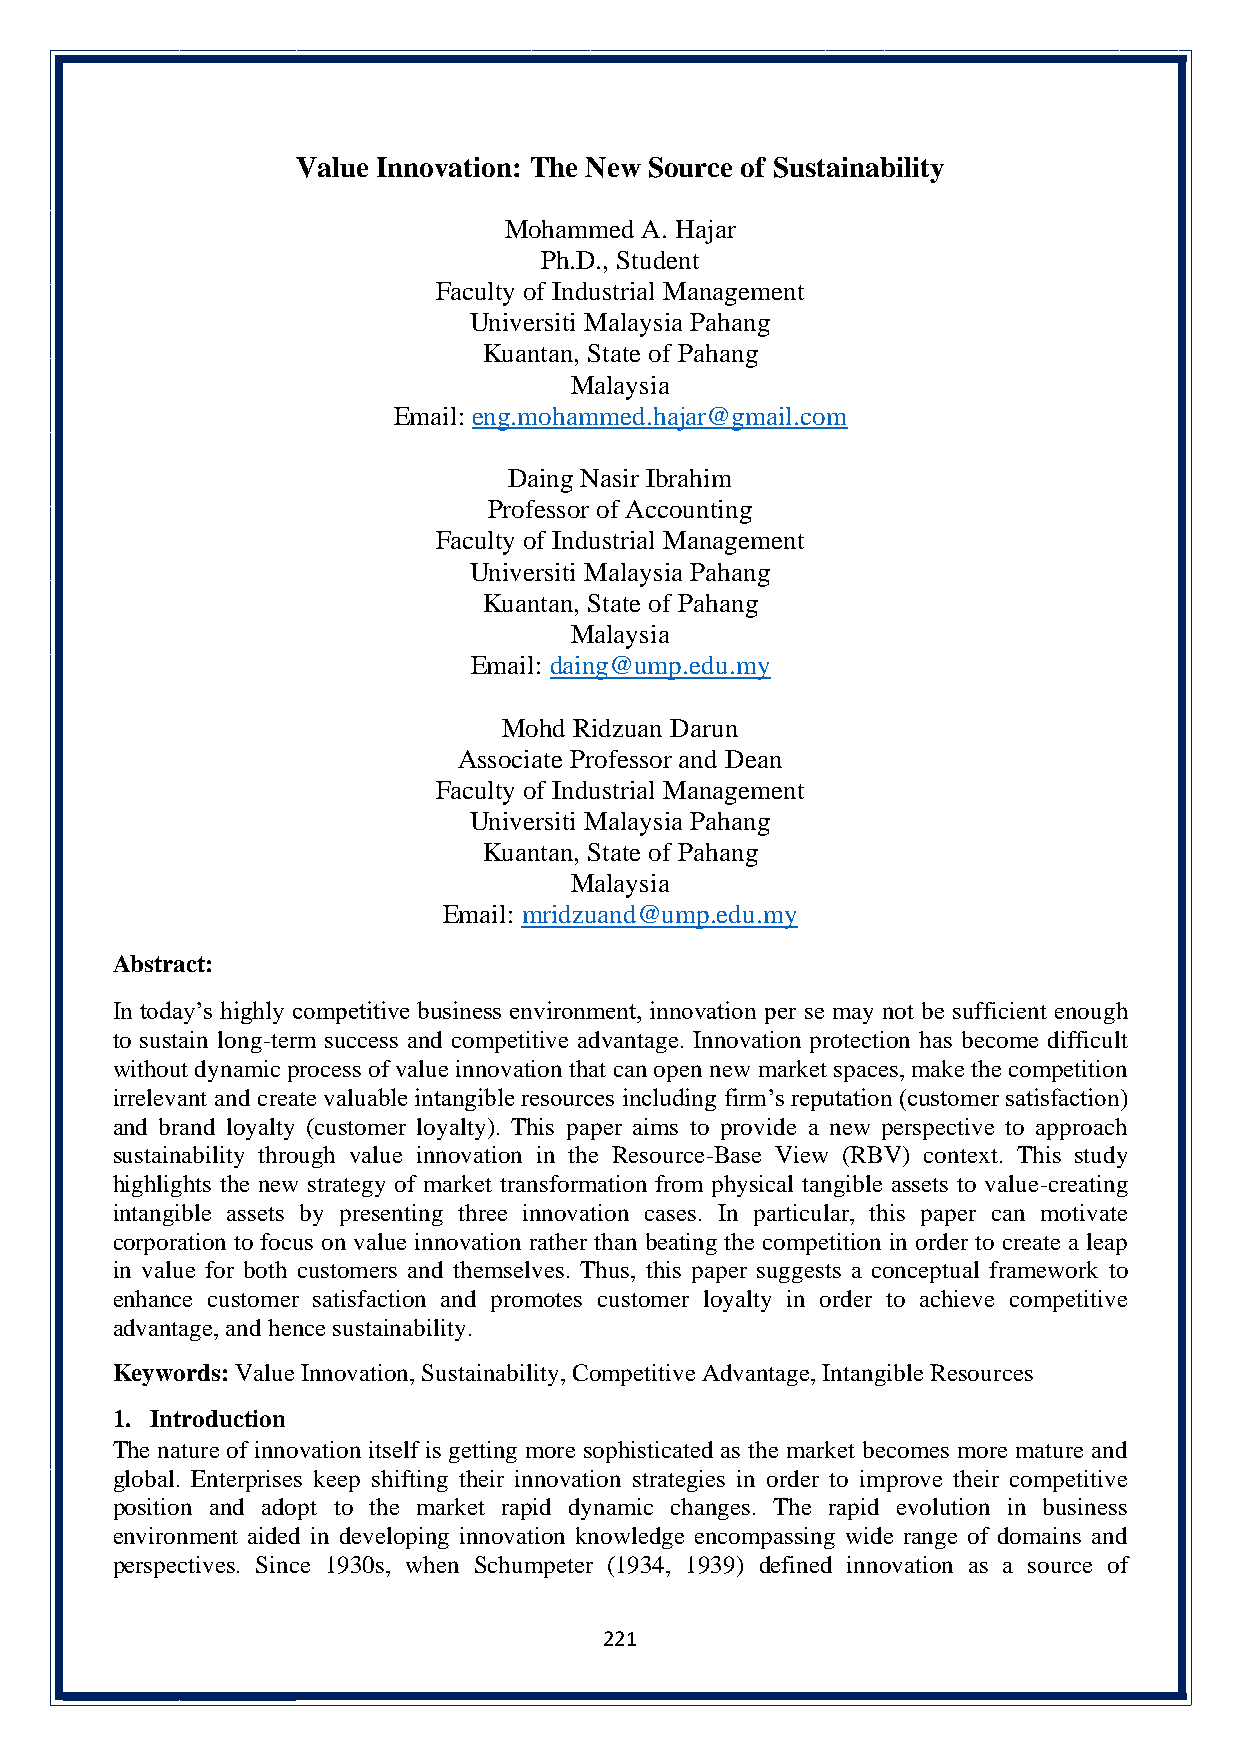
Value Innovation: The New Source of Sustainability
 Mohammed  A. Hajar
 Ph.D., Student
 Faculty of Industrial Management
 Universiti Malaysia Pahang
 Kuantan, State of Pahang
 Malaysia
 Email: eng.mohammed.hajar@gmail.com
 Daing Nasir Ibrahim
 Professor of Accounting
 Faculty of Industrial Management
 Universiti Malaysia Pahang
 Kuantan, State of Pahang
 Malaysia
 Email: daing@ump.edu.my
 Mohd Ridzuan Darun
 Associate Professor and Dean
 Faculty of Industrial Management
 Universiti Malaysia Pahang
 Kuantan, State of Pahang
 Malaysia
 Email: mridzuand@ump.edu.my
 Abstract:
 In today’s highly competitive business environment, innovation per se may not be sufficient enough
 to sustain long-term success and competitive advantage. Innovation protection has become difficult
 without dynamic process of value innovation that can open new market spaces, make the competition
 irrelevant and create valuable intangible resources including firm’s reputation (customer satisfaction)
 and brand loyalty (customer loyalty). This paper aims to provide a new perspective to approach
 sustainability through value innovation in the Resource-Base View (RBV) context. This study
 highlights the new strategy of market transformation from physical tangible assets to value-creating
 intangible assets by presenting three innovation cases. In particular, this paper can motivate
 corporation to focus on value innovation rather than beating the competition in order to create a leap
 in value for both customers and themselves. Thus, this paper suggests a conceptual framework to
 enhance customer satisfaction and promotes customer loyalty in order to achieve competitive
 advantage, and hence sustainability.
 Keywords: Value Innovation, Sustainability, Competitive Advantage, Intangible Resources
 1. Introduction
 The nature of innovation itself is getting more sophisticated as the market becomes more mature and
 global. Enterprises keep shifting their innovation strategies in order to improve their competitive
 position and adopt to the market rapid dynamic changes. The rapid evolution in business
 environment aided in developing innovation knowledge encompassing wide range of domains and
 perspectives. Since 1930s, when Schumpeter (1934, 1939) defined innovation as a source of
 221